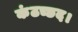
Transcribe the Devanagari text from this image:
कंठच्छद।